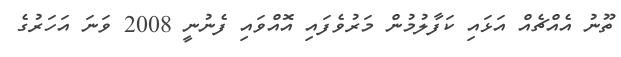
ތޫނު އެއްޗެއް އަޅައި ކަފާލުމުން މަރުވެފައި އޮއްވައި ފެނުނީ 2008 ވަނަ އަހަރުގެ